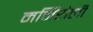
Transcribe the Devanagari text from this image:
मर्मिरोली